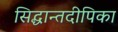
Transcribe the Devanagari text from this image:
सिद्धान्तदीपिका